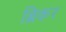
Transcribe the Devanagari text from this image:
ब्रिकर